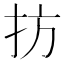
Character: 㧍